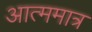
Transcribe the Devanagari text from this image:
आत्ममात्र